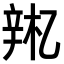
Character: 𫐚